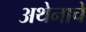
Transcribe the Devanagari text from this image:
अथेनाचे